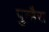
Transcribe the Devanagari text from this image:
पुन्हैरा